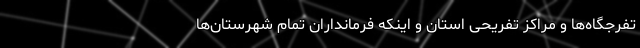
تفرجگاه‌ها و مراکز تفریحی استان و اینکه فرمانداران تمام شهرستان‌ها